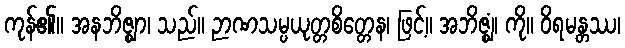
ကုန်၏။ အနဘိဇ္ဈာ၊ သည်။ ဉာဏသမ္ပယုတ္တစိတ္တေန၊ ဖြင့်။ အဘိဇ္ဈံ၊ ကို။ ဝိရမန္တဿ၊